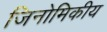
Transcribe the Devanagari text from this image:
जिनोमिकीय